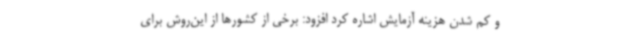
و کم شدن هزینه آزمایش اشاره کرد افزود: برخی از کشورها از این‌روش برای